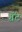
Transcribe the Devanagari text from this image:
ग्रॅंट